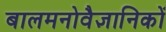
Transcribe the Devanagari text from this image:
बालमनोवैज्ञानिकों